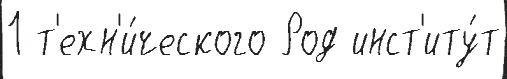
1 т'ехн'и́ческого Род инст'иту́т